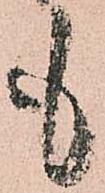
も